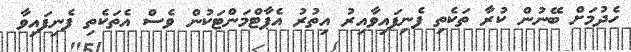
ހެދުމަށް ބޭނުން ކުރާ ތަކެތި ފެނިފައިވާއިރު އިތުރު އެޕާޓްމަންޓަކުން ވެސް އެތަކެތި ފެނިފައިވާ